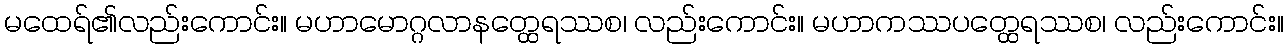
မထေရ်၏လည်းကောင်း။ မဟာမောဂ္ဂလာနတ္ထေရဿစ၊ လည်းကောင်း။ မဟာကဿပတ္ထေရဿစ၊ လည်းကောင်း။